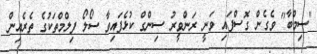
"ސިމްބާ" ވެގެން ގޮސްފައި ވަނީ ރަންވީރު ސިންގް ކުޅެފައިވާ ސޯލޯ ފިލްމްތަކުގެ ތެރެއިން